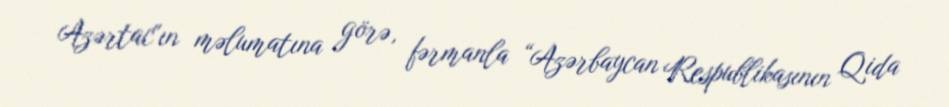
Azərtac"ın məlumatına görə, fərmanla “Azərbaycan Respublikasının Qida